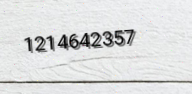
1214642357